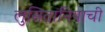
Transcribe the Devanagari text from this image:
लुसितानियाची